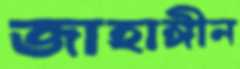
জাহাঙ্গীন